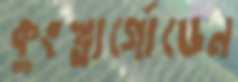
কুংস্তার্গোডেন